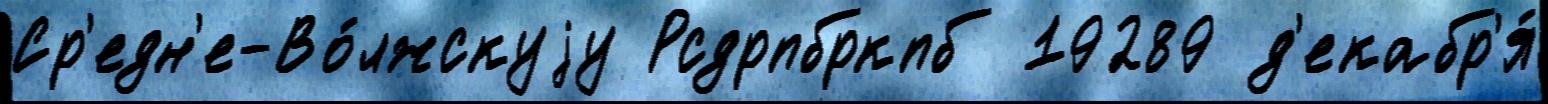
Ср'едн'е-Во́лжскуjу Рсдрпбркпб 19289 д'екабр'я́